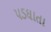
પડઘાતા